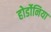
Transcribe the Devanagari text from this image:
होर्डोनिया